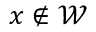
x \notin \mathcal { W }